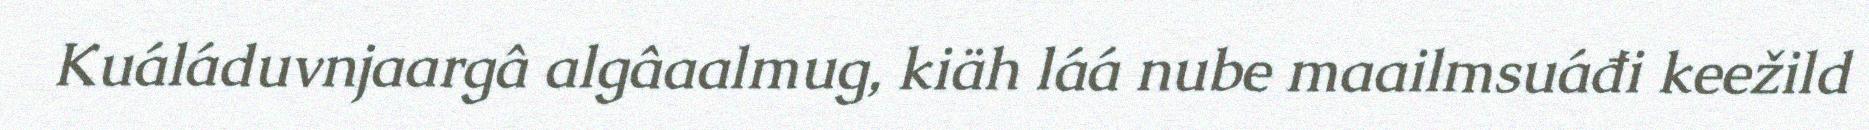
Kuáláduvnjaargâ algâaalmug, kiäh láá nube maailmsuáđi keežild